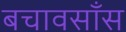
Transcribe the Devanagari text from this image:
बचावसाँस